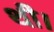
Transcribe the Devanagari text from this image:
थी।